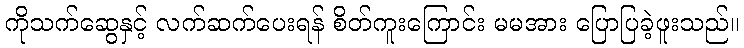
ကိုသက်ဆွေနှင့် လက်ဆက်ပေးရန် စိတ်ကူးကြောင်း မမအား ပြောပြခဲ့ဖူးသည်။